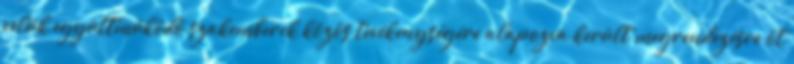
velük együttműködő szakemberek közös tevékenységére alapozva került megrendezésre öt